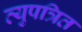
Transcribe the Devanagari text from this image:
व्युपत्रित